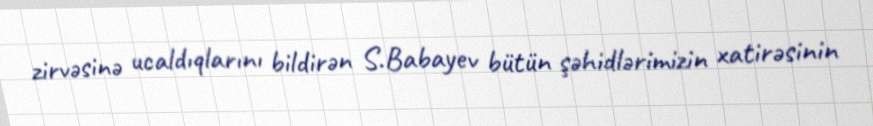
zirvəsinə ucaldıqlarını bildirən S.Babayev bütün şəhidlərimizin xatirəsinin